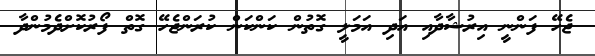
ޖެހޭ ފަންނީ އިރުޝާދާއި އަދި އަމަލީ ގޮތުން ކަންކަން ކުރަންޖެހޭ ގޮތް ފޯރުކޮށްދެމުންދާ